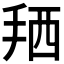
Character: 𢬣